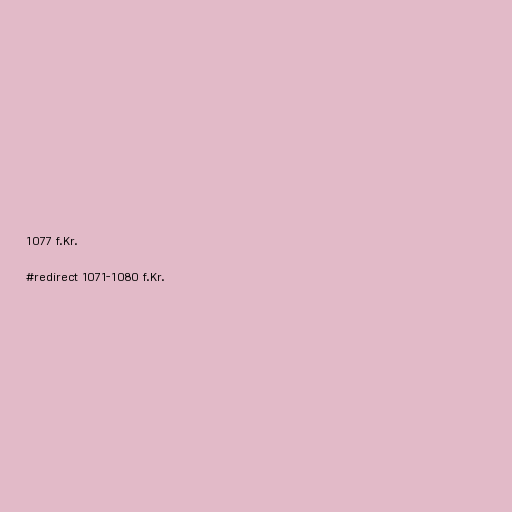
1077 f.Kr.

#redirect 1071-1080 f.Kr.